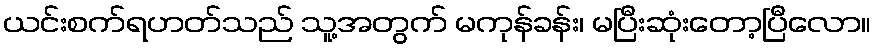
ယင်းစက်ရဟတ်သည် သူ့အတွက် မကုန်ခန်း၊ မပြီးဆုံးတော့ပြီလော။